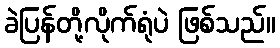
ခဲပြန်တို့လိုက်ရုံပဲ ဖြစ်သည်။